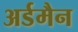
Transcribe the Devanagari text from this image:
अर्डमैन